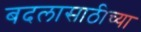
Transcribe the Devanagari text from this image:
बदलासाठीच्या